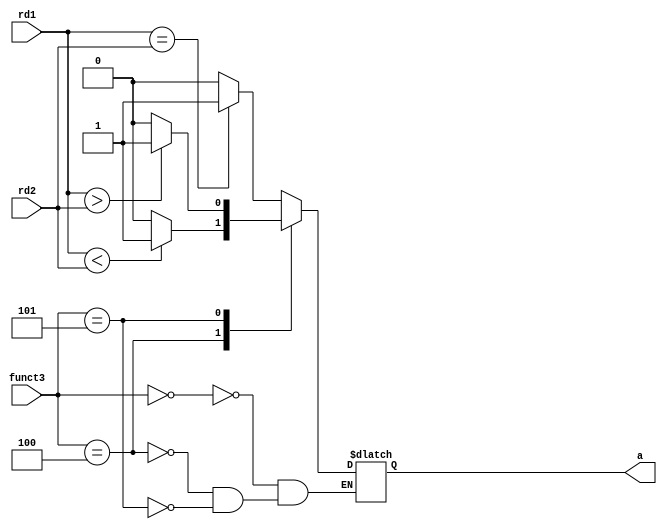
`timescale 1ns / 1ps
//////////////////////////////////////////////////////////////////////////////////
// Company: 
// Engineer: 
// 
// Design Name: 
// Module Name: beq_bge
// Project Name: 
// Target Devices: 
// Tool Versions: 
// Description: 
// 
// Dependencies: 
// 
// Revision:
// Revision 0.01 - File Created
// Additional Comments:
// 
//////////////////////////////////////////////////////////////////////////////////


module beq_bge(
   input [2:0] funct3,
   input [63:0] rd1,
   input [63:0] rd2,
   output reg a
  );
  
  initial
    begin
      a = 0;
    end
  
  always @(*)
	begin
      case (funct3)
        3'b000:
          begin
            if (rd1 == rd2)
              a = 1;
            else
              a = 0;
            end
         3'b100:
    		begin
              if (rd1 < rd2)
              a = 1;
            else
              a = 0;
            end
        3'b101:
          begin
            if (rd1 > rd2)
          	a = 1;
           else
              a = 0;
          end    
      endcase
     end
endmodule